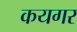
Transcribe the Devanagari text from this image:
कयगर